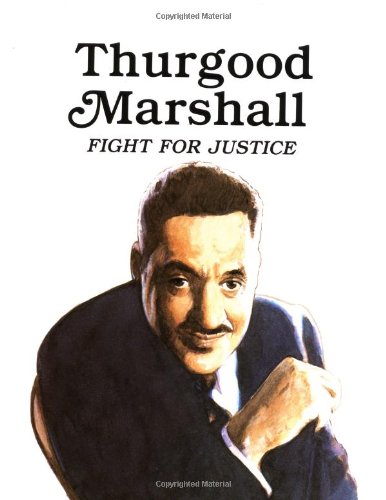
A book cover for Thurgood Marshall : Fight for Justice (Easy Biographies); Bains; Children's Books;